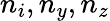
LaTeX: n_{i},n_{y},n_{z}